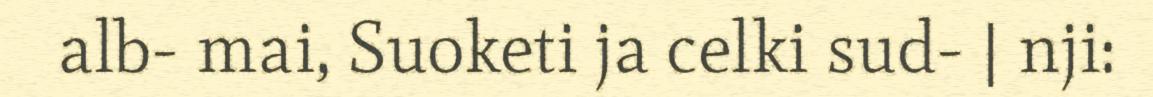
alb- mai, Suoketi ja celki sud- | nji: